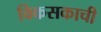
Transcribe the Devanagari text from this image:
विकसकाची